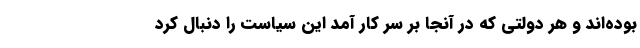
بوده‌اند و هر دولتی که در آنجا بر سر کار آمد این سیاست را دنبال کرد